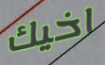
اخيك